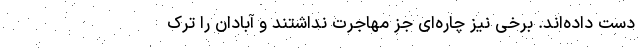
دست داده‌اند. برخی نیز چاره‌ای جز مهاجرت نداشتند و آبادان را ترک